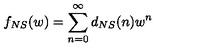
f _ { N S } ( w ) = \sum _ { n = 0 } ^ { \infty } d _ { N S } ( n ) w ^ { n }